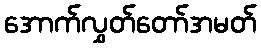
အောက်လွှတ်တော်အမတ်